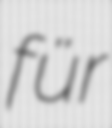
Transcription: für